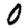
Digit: 0